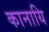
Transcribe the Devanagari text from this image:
कानायि